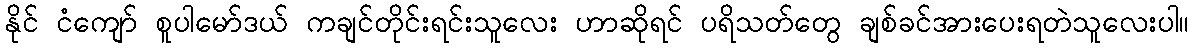
နိုင် ငံကျော် စူပါမော်ဒယ် ကချင်တိုင်းရင်းသူလေး ဟာဆိုရင် ပရိသတ်တွေ ချစ်ခင်အားပေးရတဲသူလေးပါ။